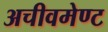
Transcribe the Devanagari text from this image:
अचीवमेण्ट